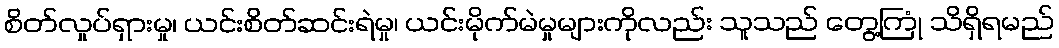
စိတ်လှုပ်ရှားမှု၊ ယင်းစိတ်ဆင်းရဲမှု၊ ယင်းမိုက်မဲမှုများကိုလည်း သူသည် တွေ့ကြုံ သိရှိရမည်